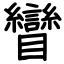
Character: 矕